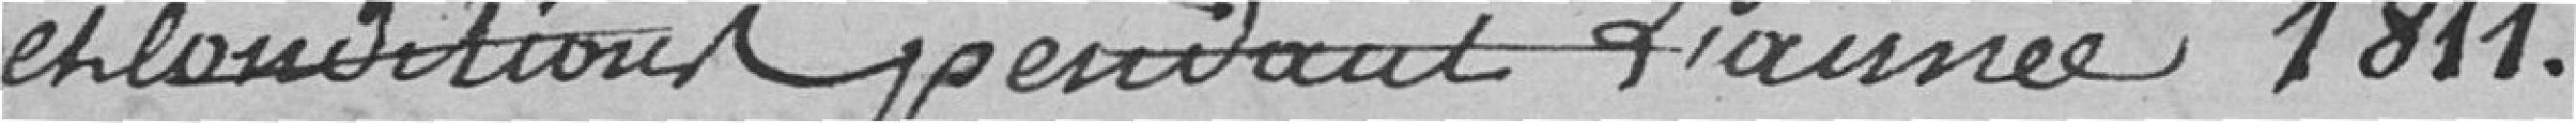
et conditions pendant l'année 1811.